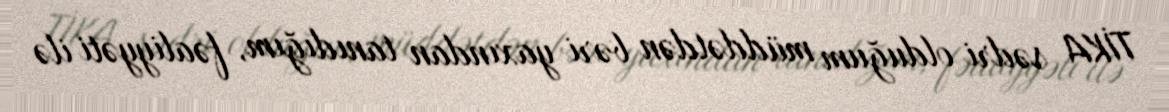
TİKA sədri olduğum müddətdən bəri yaxından tanıdığım, fəaliyyəti ilə